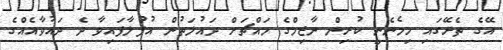
އޭގެ ތެރޭގައި ހިމެނެނީ ކުރިން ނާޒިމްގެ މައްޗަށް ދައުލަތުން އުފުލާފައިވާ ދެ ދައުވާއެއްގެ